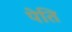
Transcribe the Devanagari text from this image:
पेति